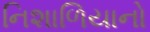
નિશાળિયાનો